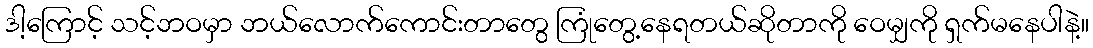
ဒါ့ကြောင့် သင့်ဘဝမှာ ဘယ်လောက်ကောင်းတာတွေ ကြုံတွေ့နေရတယ်ဆိုတာကို ဝေမျှကို ရှက်မနေပါနဲ့။